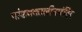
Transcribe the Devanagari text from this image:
पांडवकालीनमंदिर